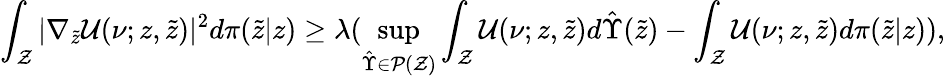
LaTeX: \int_{\mathcal{Z}}|\nabla_{\tilde{z}}\mathcal{U}(\nu;z,\tilde{z})|^{2}d\pi(\tilde{z}|z)\geq\lambda(\operatorname*{sup}_{\hat{\Upsilon}\in\mathcal{P}(\mathcal{Z})}\int_{\mathcal{Z}}\mathcal{U}(\nu;z,\tilde{z})d\hat{\Upsilon}(\tilde{z})-\int_{\mathcal{Z}}\mathcal{U}(\nu;z,\tilde{z})d\pi(\tilde{z}|z)),